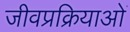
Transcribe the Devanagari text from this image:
जीवप्रक्रियाओं